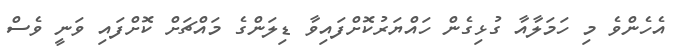
އެހެންވެ މި ހަމަލާއާ ގުޅިގެން ހައްޔަރުކޮށްފައިވާ ޑިލަންގެ މައްޗަށް ކޮށްފައި ވަނީ ވެސް